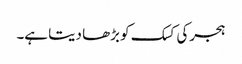
ہجرکی کسک کو بڑھا دیتا ہے۔